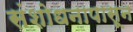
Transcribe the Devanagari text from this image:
संशोधनापासून